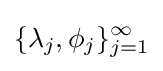
\{\lambda _{j},\phi _{j}\}_{j=1}^{\infty }